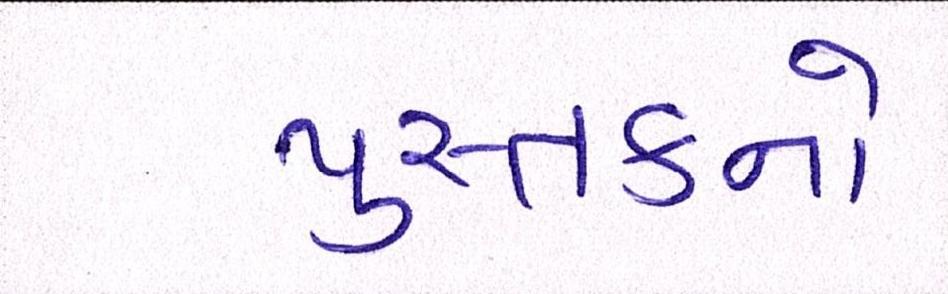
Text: પુસ્તકનો